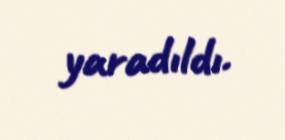
yaradıldı.